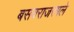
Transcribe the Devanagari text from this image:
बसवराजरगले